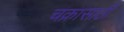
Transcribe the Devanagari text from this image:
चक्रासाठी